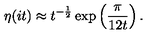
\eta ( i t ) \approx t ^ { - \frac { 1 } { 2 } } \exp \left( \frac { \pi } { 1 2 t } \right) .